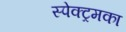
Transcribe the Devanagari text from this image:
स्पेक्ट्रमका